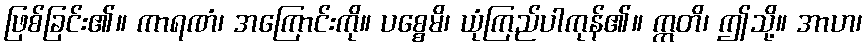
ဖြစ်ခြင်း၏။ ကာရဏံ၊ အကြောင်းကို။ ပစ္စေမိ၊ ယုံကြည်ပါကုန်၏။ ဣတိ၊ ဤသို့။ အာဟ၊